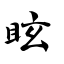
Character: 眩